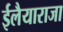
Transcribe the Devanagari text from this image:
ईलैयाराजा